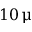
1 0 \, \upmu